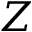
Z